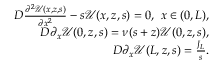
\begin{array} { r l r } & { } & { D \frac { \partial ^ { 2 } { \mathcal U } ( x , z , s ) } { \partial x ^ { 2 } } - s { \mathcal U } ( x , z , s ) = 0 , \ x \in ( 0 , L ) , } \\ & { } & { D \partial _ { x } { \mathcal U } ( 0 , z , s ) = \nu ( s + z ) { \mathcal U } ( 0 , z , s ) , } \\ & { } & { D \partial _ { x } { \mathcal U } ( L , z , s ) = \frac { J _ { L } } { s } . } \end{array}